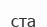
ста